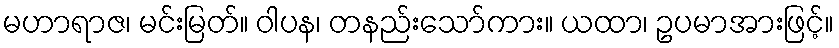
မဟာရာဇ၊ မင်းမြတ်။ ဝါပန၊ တနည်းသော်ကား။ ယထာ၊ ဥပမာအားဖြင့်။